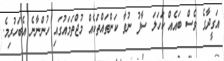
އަގީދާގެ ވެސް ބައެއް ކަހަލަ ސާފު ނުވާ ކަންތައްތަކެއް މުޖްތަމައުގައި ހުންނާނެ އެބަހުރިމެ.